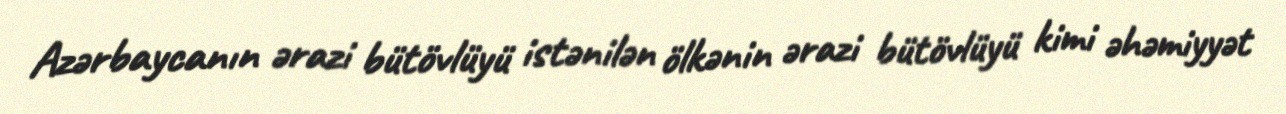
Azərbaycanın ərazi bütövlüyü istənilən ölkənin ərazi bütövlüyü kimi əhəmiyyət